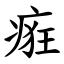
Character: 㾠